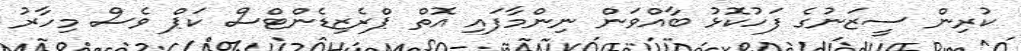
ކުރިން ސީޒަނުގެ ފަހުކޮޅު ބާއްވަން ނިންމާފައި އޮތް ޕްރެޒިޑެންޓްސް ކަޕް ވެސް މިހާރު